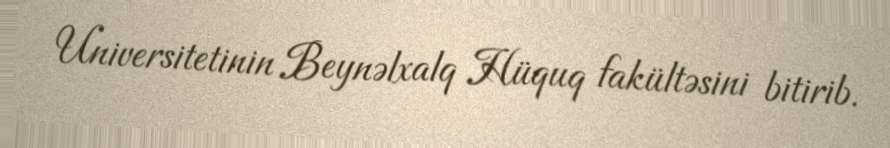
Universitetinin Beynəlxalq Hüquq fakültəsini bitirib.